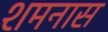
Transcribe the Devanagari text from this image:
शमनास